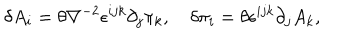
LaTeX: \delta A _ { i } = \theta \nabla ^ { - 2 } \epsilon ^ { i j k } \partial _ { j } \pi _ { k } , \quad \delta \pi _ { i } = \theta \epsilon ^ { i j k } \partial _ { j } A _ { k } ,